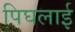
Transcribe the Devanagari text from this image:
पिघलाई